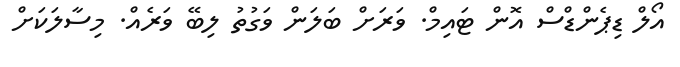
އޯލް ޑިޕެންޑްސް އޮން ޓައިމް. ވަރަށް ބަލަން ވަގުތު ލިބޭ ވަރެއް. މިސާލަކަށް